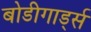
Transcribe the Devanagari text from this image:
बोडीगार्ड्स